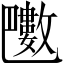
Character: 𣀟